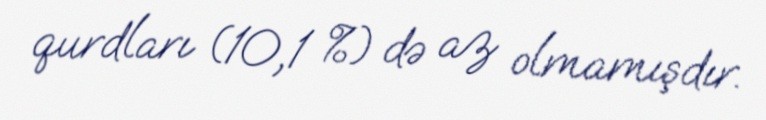
qurdları (10,1 %) də az olmamışdır.